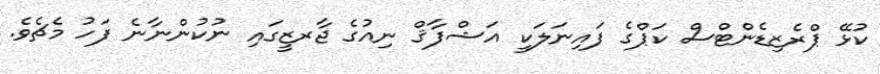
ކުޅޭ ޕްރެޒިޑެންޓްސް ކަޕްގެ ފައިނަލަކީ އަޝްފާޤް ނިއުގެ ޖާރޒީގައި ނުކުންނާނެ ފަހު މެޗެވެ.